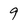
Character: 9